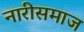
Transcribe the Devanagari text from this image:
नारीसमाज